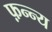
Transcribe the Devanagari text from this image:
फ़न्न्य